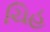
ચિહ